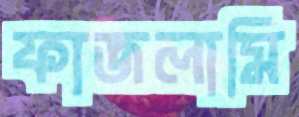
ফাজলামি